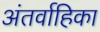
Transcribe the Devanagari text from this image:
अंतर्वाहिका